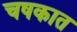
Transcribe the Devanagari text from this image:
चषकात